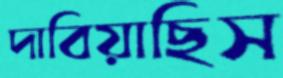
দাবিয়াছিস